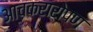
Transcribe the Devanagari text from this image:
आचकरारोपण